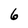
Character: 6